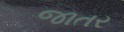
જાતર